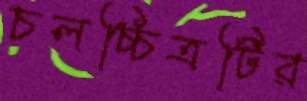
চলচ্চিত্রটির